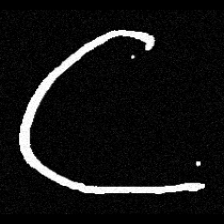
Pyu character \u2014 Myanmar letter: ဋ (romanized: tta)